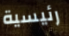
رئيسية